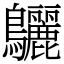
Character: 𪈳